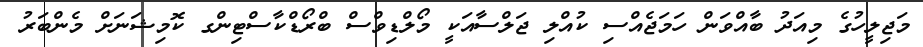
މަޖިލީހުގެ މިއަދު ބާއްވަން ހަމަޖެއްސި ކުއްލި ޖަލްސާއަކީ މޯލްޑިވްސް ބްރޯޑްކާސްޓިންގ ކޮމިޝަނަށް މެންބަރު